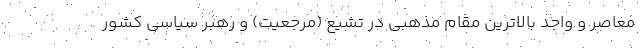
معاصر و واجد بالاترین مقام مذهبی در تشیع (مرجعیت) و رهبر سیاسی کشور